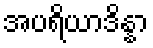
အပရိယာဒိန္နာ